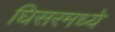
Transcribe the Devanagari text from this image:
घिसरमध्ये